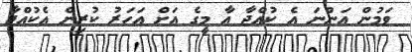
ވަމުން އަންނަ އެ ކުއްޖާ އާ މީގެ އަށް އަހަރު ކުރިން އެކުއްޖާ